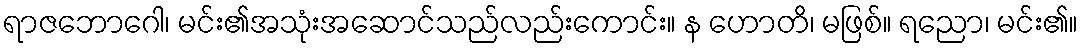
ရာဇဘောဂေါ၊ မင်း၏အသုံးအဆောင်သည်လည်းကောင်း။ န ဟောတိ၊ မဖြစ်။ ရညော၊ မင်း၏။